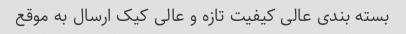
بسته بندی عالی کیفیت تازه و عالی کیک ارسال به موقع